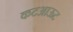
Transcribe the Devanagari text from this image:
कटआऊट